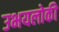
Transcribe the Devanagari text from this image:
उभयलोकी